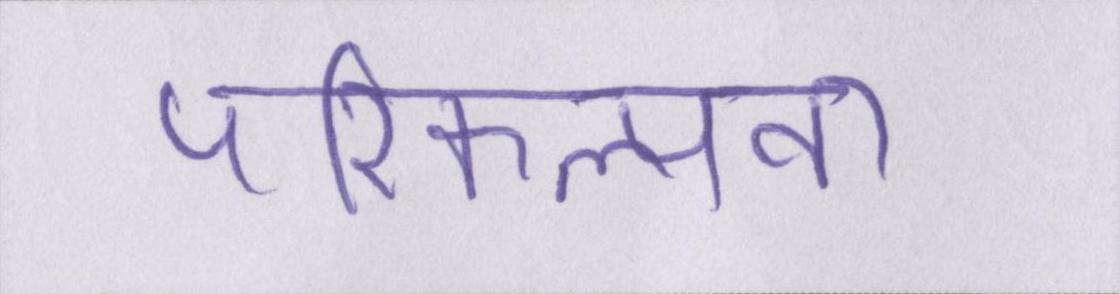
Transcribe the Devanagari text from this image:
परिकल्पना